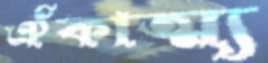
ঐকাত্ম্য